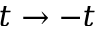
t \rightarrow - t